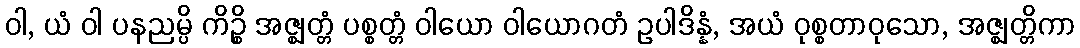
ဝါ, ယံ ဝါ ပနညမ္ပိ ကိဉ္စိ အဇ္ဈတ္တံ ပစ္စတ္တံ ဝါယော ဝါယောဂတံ ဥပါဒိန္နံ, အယံ ဝုစ္စတာဝုသော, အဇ္ဈတ္တိကာ